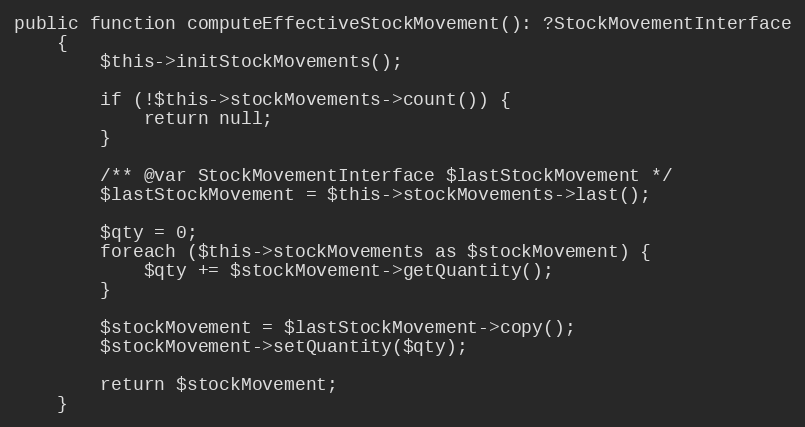
Language: PHP
public function computeEffectiveStockMovement(): ?StockMovementInterface
    {
        $this->initStockMovements();

        if (!$this->stockMovements->count()) {
            return null;
        }

        /** @var StockMovementInterface $lastStockMovement */
        $lastStockMovement = $this->stockMovements->last();

        $qty = 0;
        foreach ($this->stockMovements as $stockMovement) {
            $qty += $stockMovement->getQuantity();
        }

        $stockMovement = $lastStockMovement->copy();
        $stockMovement->setQuantity($qty);

        return $stockMovement;
    }